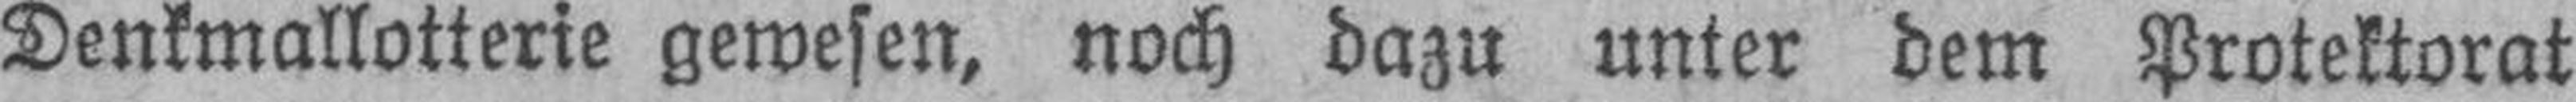
Denkmallotterie gewesen, noch dazu unter dem Protektorat